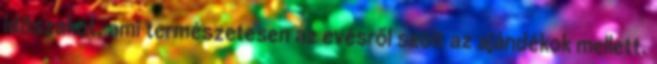
időszakot, ami természetesen az evésről szólt az ajándékok mellett.